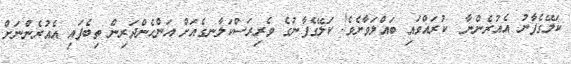
ކަލޭގެފާނު އެއުރެންނާ  ކުރައްވައި ބައްލަވާށެވެ! ކަލޭގެފާނުގެ ވެރިރަސްކަލާނގެއަށް އަންހެންދަރިން ތިބެފައި އެއުރެންނަށް